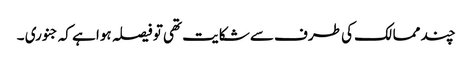
چند ممالک کی طرف سے شکایت تھی تو فیصلہ ہوا ہے کہ جنوری ۔